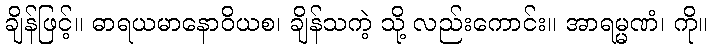
ချိန်ဖြင့်။ ဓာရယမာနောဝိယစ၊ ချိန်သကဲ့ သို့ လည်းကောင်း။ အာရမ္မဏံ၊ ကို။